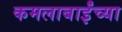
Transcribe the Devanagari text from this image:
कमलाबाईंच्या